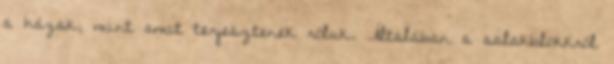
a házak, mint amit terjesztenek róluk. Általában a salakblokkról